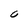
Character: 0